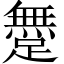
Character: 𨅐